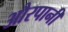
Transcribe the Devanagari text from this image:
औरपानी